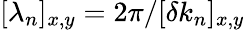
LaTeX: [\lambda_{n}]_{x,y}=2\pi/[\delta k_{n}]_{x,y}